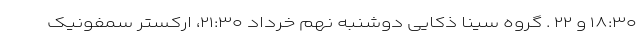
۱۸:۳۰ و ۲۲ . گروه سینا ذکایی دوشنبه نهم خرداد ۲۱:۳۰، ارکستر سمفونیک